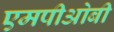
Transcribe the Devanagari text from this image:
एमपीओबी